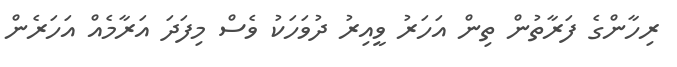
ރިހާންގެ ފަރާތުން ތިން އަހަރު ވީއިރު ދުވަހަކު ވެސް މިފަދަ އަރާމެއް އަހަރެން